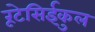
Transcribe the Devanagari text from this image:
रूटेसिईकुल